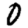
Digit: 0